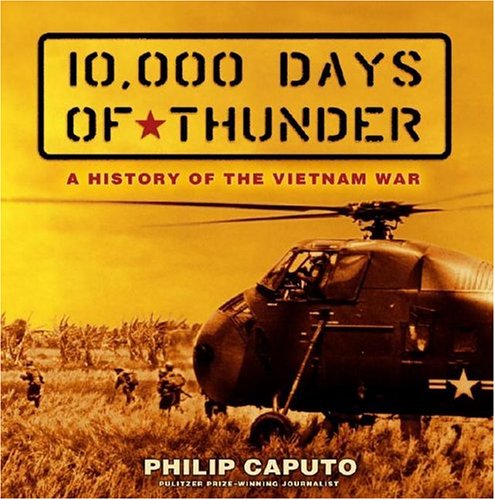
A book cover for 10,000 Days of Thunder: A History of the Vietnam War; Philip Caputo; Children's Books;